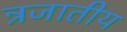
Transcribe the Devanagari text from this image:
न्रजातीय